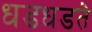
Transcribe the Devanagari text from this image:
धडधडते